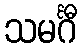
သမင်္ဂီ